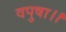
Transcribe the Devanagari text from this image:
वपुषा।।